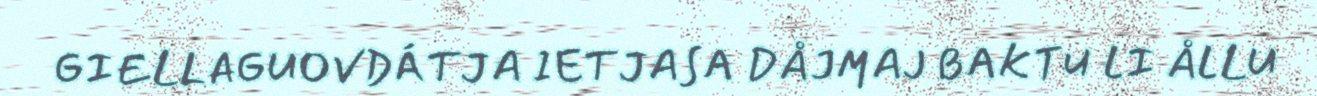
GIELLAGUOVDÁTJA IETJASA DÅJMAJ BAKTU LI ÅLLU